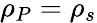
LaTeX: \rho_{P}=\rho_{s}